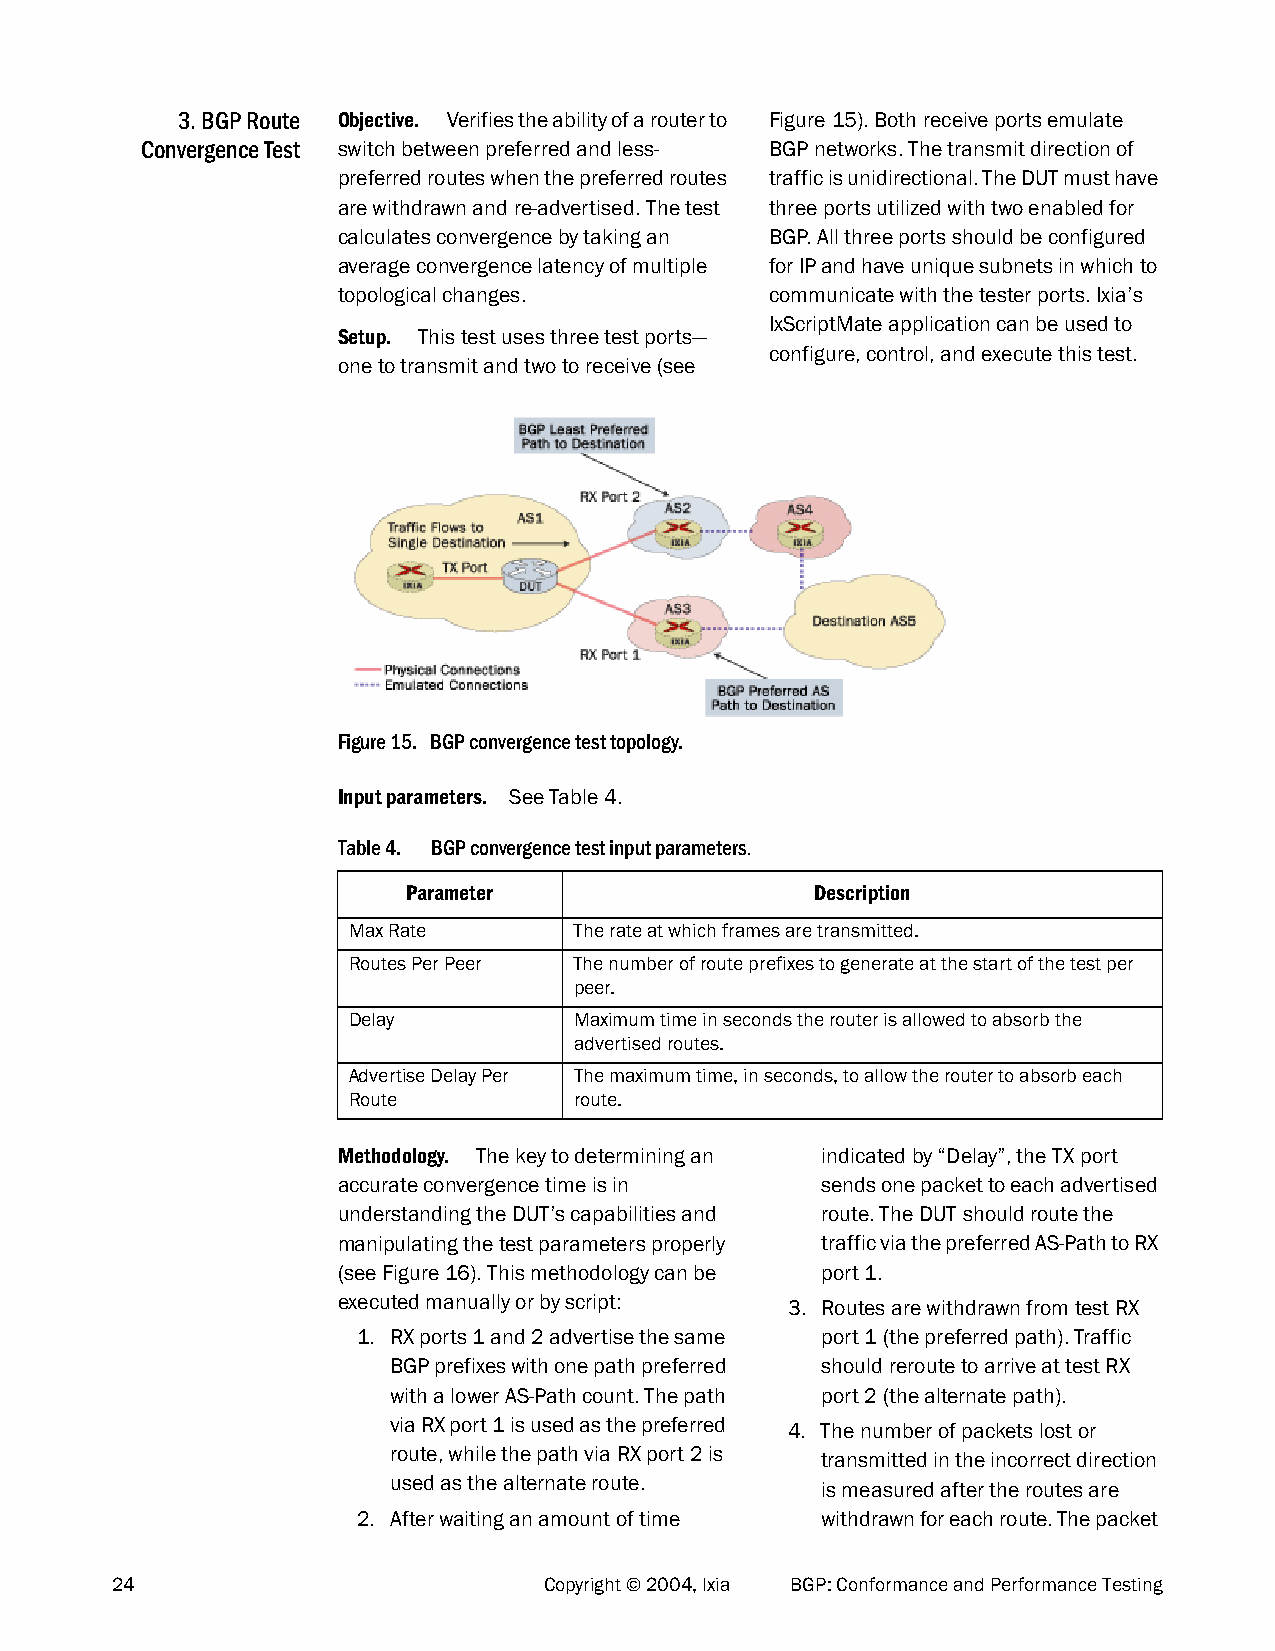
3. BGP Route Objective. Verifies the ability of a router to Figure 15). Both receive ports emulate
 Convergence Test switch between preferred and less- BGP networks. The transmit direction of
 preferred routes when the preferred routes traffic is unidirectional. The DUT must have
 are withdrawn and re-advertised. The test three ports utilized with two enabled for
 calculates convergence by taking an BGP. All three ports should be configured
 average convergence latency of multiple for IP and have unique subnets in which to
 topological changes.         communicate with the tester ports. Ixia’s
 IxScriptMate application can be used to
 Setup. This test uses three test ports—
 configure, control, and execute this test.
 one to transmit and two to receive (see
 Figure 15. BGP convergence test topology.
 Input parameters. See Table 4.
 Table 4. BGP convergence test input parameters.
 Parameter                  Description
 Max Rate       The rate at which frames are transmitted.
 Routes Per Peer The number of route prefixes to generate at the start of the test per
 peer.
 Delay          Maximum time in seconds the router is allowed to absorb the
 advertised routes.
 Advertise Delay Per The maximum time, in seconds, to allow the router to absorb each
 Route          route.
 Methodology. The key to determining an indicated by “Delay”, the TX port
 accurate convergence time is in sends one packet to each advertised
 understanding the DUT’s capabilities and route. The DUT should route the
 manipulating the test parameters properly traffic via the preferred AS-Path to RX
 (see Figure 16). This methodology can be port 1.
 executed manually or by script: 3. Routes are withdrawn from test RX
 1. RX ports 1 and 2 advertise the same port 1 (the preferred path). Traffic
 BGP prefixes with one path preferred should reroute to arrive at test RX
 with a lower AS-Path count. The path port 2 (the alternate path).
 via RX port 1 is used as the preferred 4. The number of packets lost or
 route, while the path via RX port 2 is transmitted in the incorrect direction
 used as the alternate route. is measured after the routes are
 2. After waiting an amount of time withdrawn for each route. The packet
 24                           Copyright © 2004, Ixia BGP: Conformance and Performance Testing